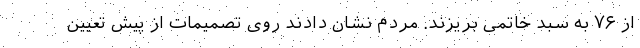
از ۷۶ به سبد خاتمی بریزند. مردم نشان دادند روی تصمیمات از پیش تعیین